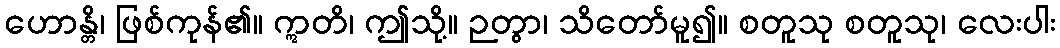
ဟောန္တိ၊ ဖြစ်ကုန်၏။ ဣတိ၊ ဤသို့။ ဉတွာ၊ သိတော်မူ၍။ စတူသု စတူသု၊ လေးပါး